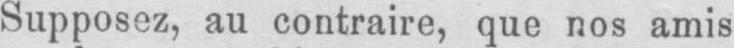
Supposez, au contraire, que nos amis